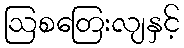
ဩစတြေးလျနှင့်